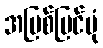
အပြစ်မြင်ပုံ